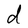
Character: d